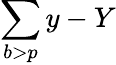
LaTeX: \sum\limits_{b>p}y-Y